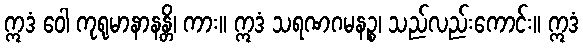
ဣဒံ ဝေါ ကုရုမာနာနန္တိ၊ ကား။ ဣဒံ သရဏဂမနဉ္စ၊ သည်လည်းကောင်း။ ဣဒံ